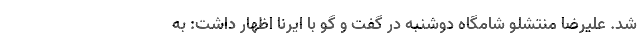
شد. علیرضا منتشلو شامگاه دوشنبه در گفت و گو با ایرنا اظهار داشت: به